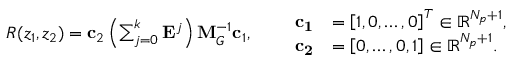
\begin{array} { r l r } { R ( z _ { 1 } , z _ { 2 } ) = \mathbf { c } _ { 2 } \left( \sum _ { j = 0 } ^ { k } \mathbf { E } ^ { j } \right) \mathbf { M } _ { G } ^ { - 1 } \mathbf { c } _ { 1 } , } & { } & { \begin{array} { r l } { \mathbf { c _ { 1 } } } & { = \left[ 1 , 0 , \ldots , 0 \right] ^ { T } \in \mathbb { R } ^ { { N _ { p } } + 1 } , } \\ { \mathbf { c _ { 2 } } } & { = \left[ 0 , \ldots , 0 , 1 \right] \in \mathbb { R } ^ { { N _ { p } } + 1 } . } \end{array} } \end{array}